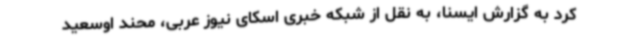
کرد به گزارش ایسنا، به نقل از شبکه خبری اسکای نیوز عربی، محند اوسعید